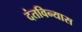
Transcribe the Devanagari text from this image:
दंतविन्यास